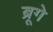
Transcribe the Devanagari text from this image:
ब्रूगे